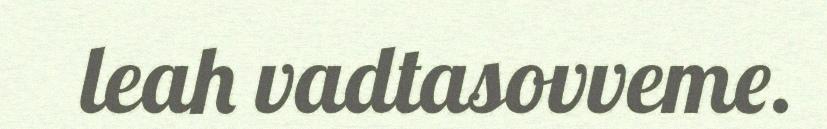
leah vadtasovveme.